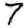
Digit: 7